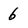
Character: 6